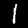
Digit: 1